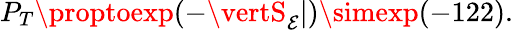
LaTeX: P_{T}\proptoexp(-\vertS_{\mathcal{E}}\vert)\simexp(-122).